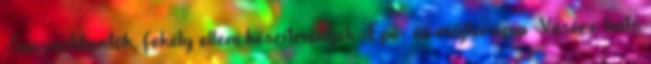
-Savcsökkentők, fekély elleni készítmények -Epe- és májterápia -Vesére ható